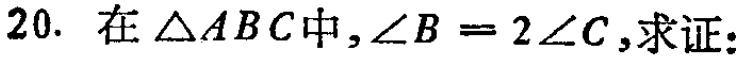
20. 在$\triangle ABC$中，$\angle B = 2\angle C$，求证：